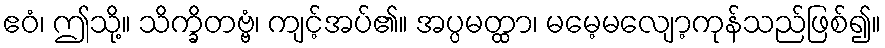
ဧဝံ၊ ဤသို့။ သိက္ခိတဗ္ဗံ၊ ကျင့်အပ်၏။ အပ္ပမတ္ထာ၊ မမေ့မလျော့ကုန်သည်ဖြစ်၍။